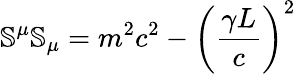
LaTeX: \mathbb{S}^{\mu}\mathbb{S}_{\mu}=m^{2}c^{2}-\left(\frac{\gamma L}{c}\right)^{2}